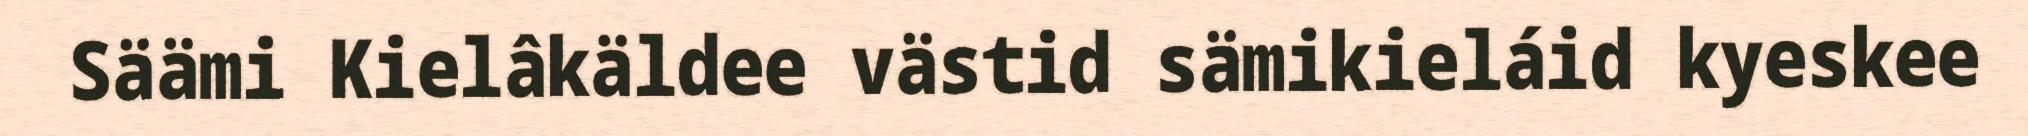
Säämi Kielâkäldee västid sämikieláid kyeskee